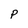
Character: P